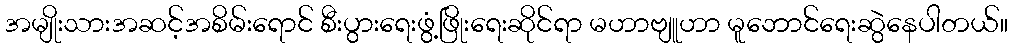
အမျိုးသားအဆင့်အစိမ်းရောင် စီးပွားရေးဖွံ့ဖြိုးရေးဆိုင်ရာ မဟာဗျူဟာ မူဘောင်ရေးဆွဲနေပါတယ်။